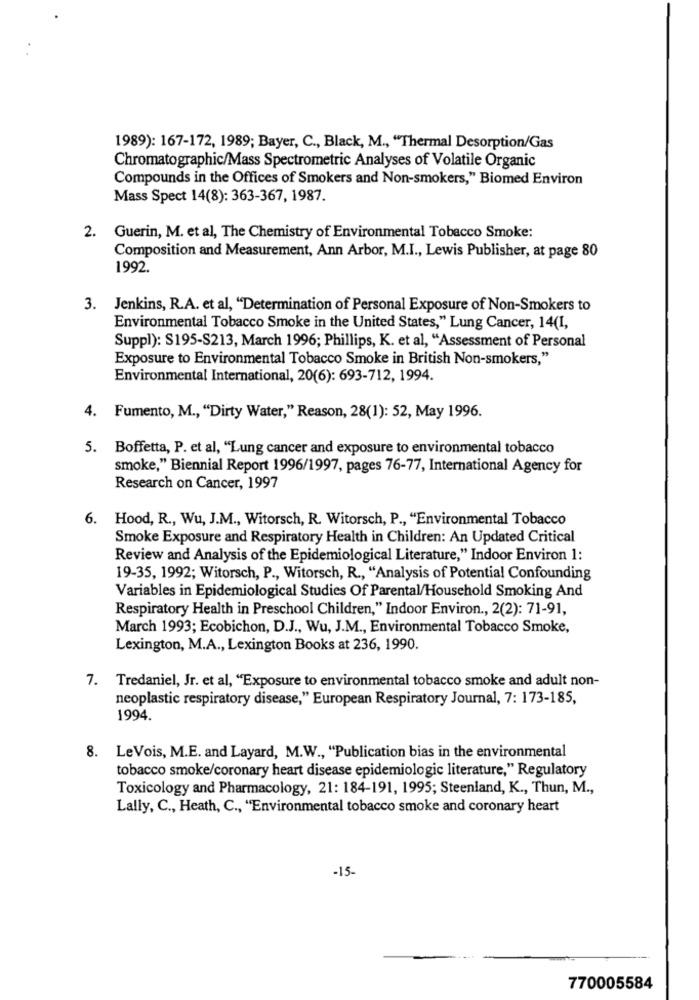
1989): 167-172, 1989; Bayer, C ., Black, M ., "Thermal Desorption/Gas
Chromatographic/Mass Spectrometric Analyses of Volatile Organic
Compounds in the Offices of Smokers and Non-smokers," Biomed Environ
Mass Spect 14(8): 363-367, 1987.
2. Guerin, M. et al, The Chemistry of Environmental Tobacco Smoke:
Composition and Measurement, Ann Arbor, M.I ., Lewis Publisher, at page 80
1992.
3. Jenkins, R.A. et al, "Determination of Personal Exposure of Non-Smokers to
Environmental Tobacco Smoke in the United States," Lung Cancer, 14(I,
Suppl): $195-S213, March 1996; Phillips, K. et al, "Assessment of Personal
Exposure to Environmental Tobacco Smoke in British Non-smokers,"
Environmental International, 20(6): 693-712, 1994.
4. Fumento, M ., "Dirty Water," Reason, 28(1): 52, May 1996.
5. Boffetta, P. et al, "Lung cancer and exposure to environmental tobacco
smoke," Biennial Report 1996/1997, pages 76-77, International Agency for
Research on Cancer, 1997
6. Hood, R ., Wu, J.M ., Witorsch, R. Witorsch, P ., "Environmental Tobacco
Smoke Exposure and Respiratory Health in Children: An Updated Critical
Review and Analysis of the Epidemiological Literature," Indoor Environ 1:
19-35, 1992; Witorsch, P ., Witorsch, R ., “Analysis of Potential Confounding
Variables in Epidemiological Studies Of Parental/Household Smoking And
Respiratory Health in Preschool Children," Indoor Environ ., 2(2): 71-91,
March 1993; Ecobichon, D.J ., Wu, J.M ., Environmental Tobacco Smoke,
Lexington, M.A ., Lexington Books at 236, 1990.
7. Tredaniel, Jr. et al, "Exposure to environmental tobacco smoke and adult non-
neoplastic respiratory disease," European Respiratory Journal, 7: 173-185,
1994.
8. LeVois, M.E. and Layard, M.W ., "Publication bias in the environmental
tobacco smoke/coronary heart disease epidemiologic literature," Regulatory
Toxicology and Pharmacology, 21: 184-191, 1995; Steenland, K ., Thun, M .,
Lally, C ., Heath, C ., "Environmental tobacco smoke and coronary heart
-15.
770005584